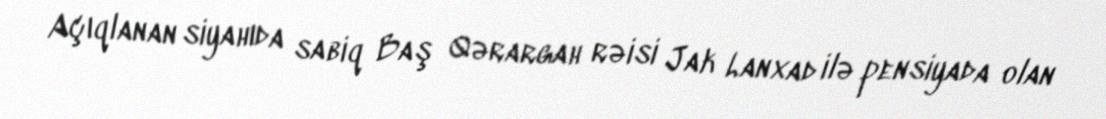
Açıqlanan siyahıda sabiq Baş Qərargah rəisi Jak Lanxad ilə pensiyada olan